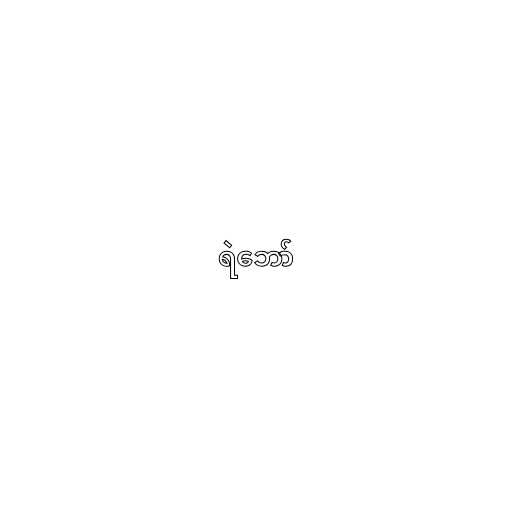
ရဲဘော်